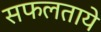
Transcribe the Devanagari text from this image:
सफलताये